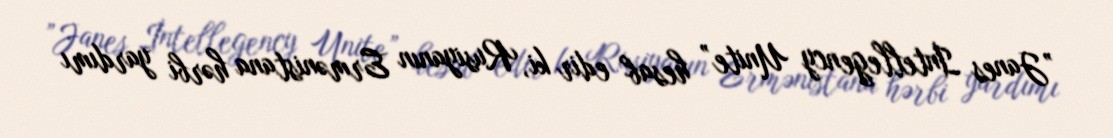
”Janes İntellegency Unite” hesab edir ki, Rusiyanın Ermənistana hərbi yardımı